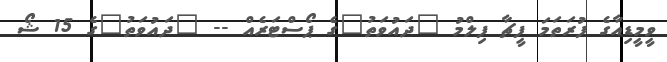
ވީމީޑިއާގެ ފުރަތަމަ ފީޗާ ފިލްމު "ދައުވަތު"ގެ ޕޯސްޓަރެއް -- "ދައުވަތު"ގެ 15 ޝޯ